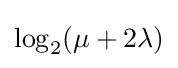
\log _{2}(\mu +2\lambda )